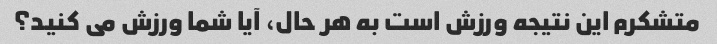
متشکرم این نتیجه ورزش است به هر حال، آیا شما ورزش می کنید؟